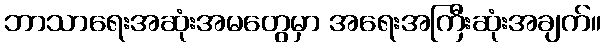
ဘာသာရေးအဆုံးအမတွေမှာ အရေးအကြီးဆုံးအချက်။